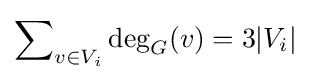
\sum \nolimits _{v\in V_{i}}\deg _{G}(v)=3|V_{i}|